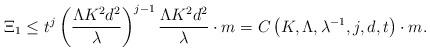
LaTeX: \begin{align*} \Xi_1 \leq t^j \left(\frac{\Lambda K^2d^2}{\lambda}\right)^{j-1}\frac{\Lambda K^2d^2}{\lambda}\cdot m = C\left(K,\Lambda, \lambda^{-1},j,d,t\right)\cdot m.\end{align*}